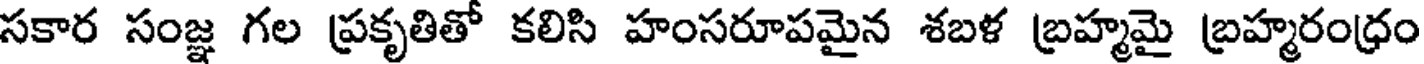
సకార సంజ్ఞ గల ప్రకృతితో కలిసి హంసరూపమైన శబళ బ్రహ్మమై బ్రహ్మరంధ్రం